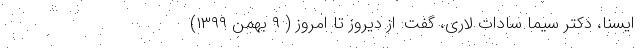
ایسنا، دکتر سیما سادات لاری، گفت: از دیروز تا امروز ( ۹ بهمن ۱۳۹۹)